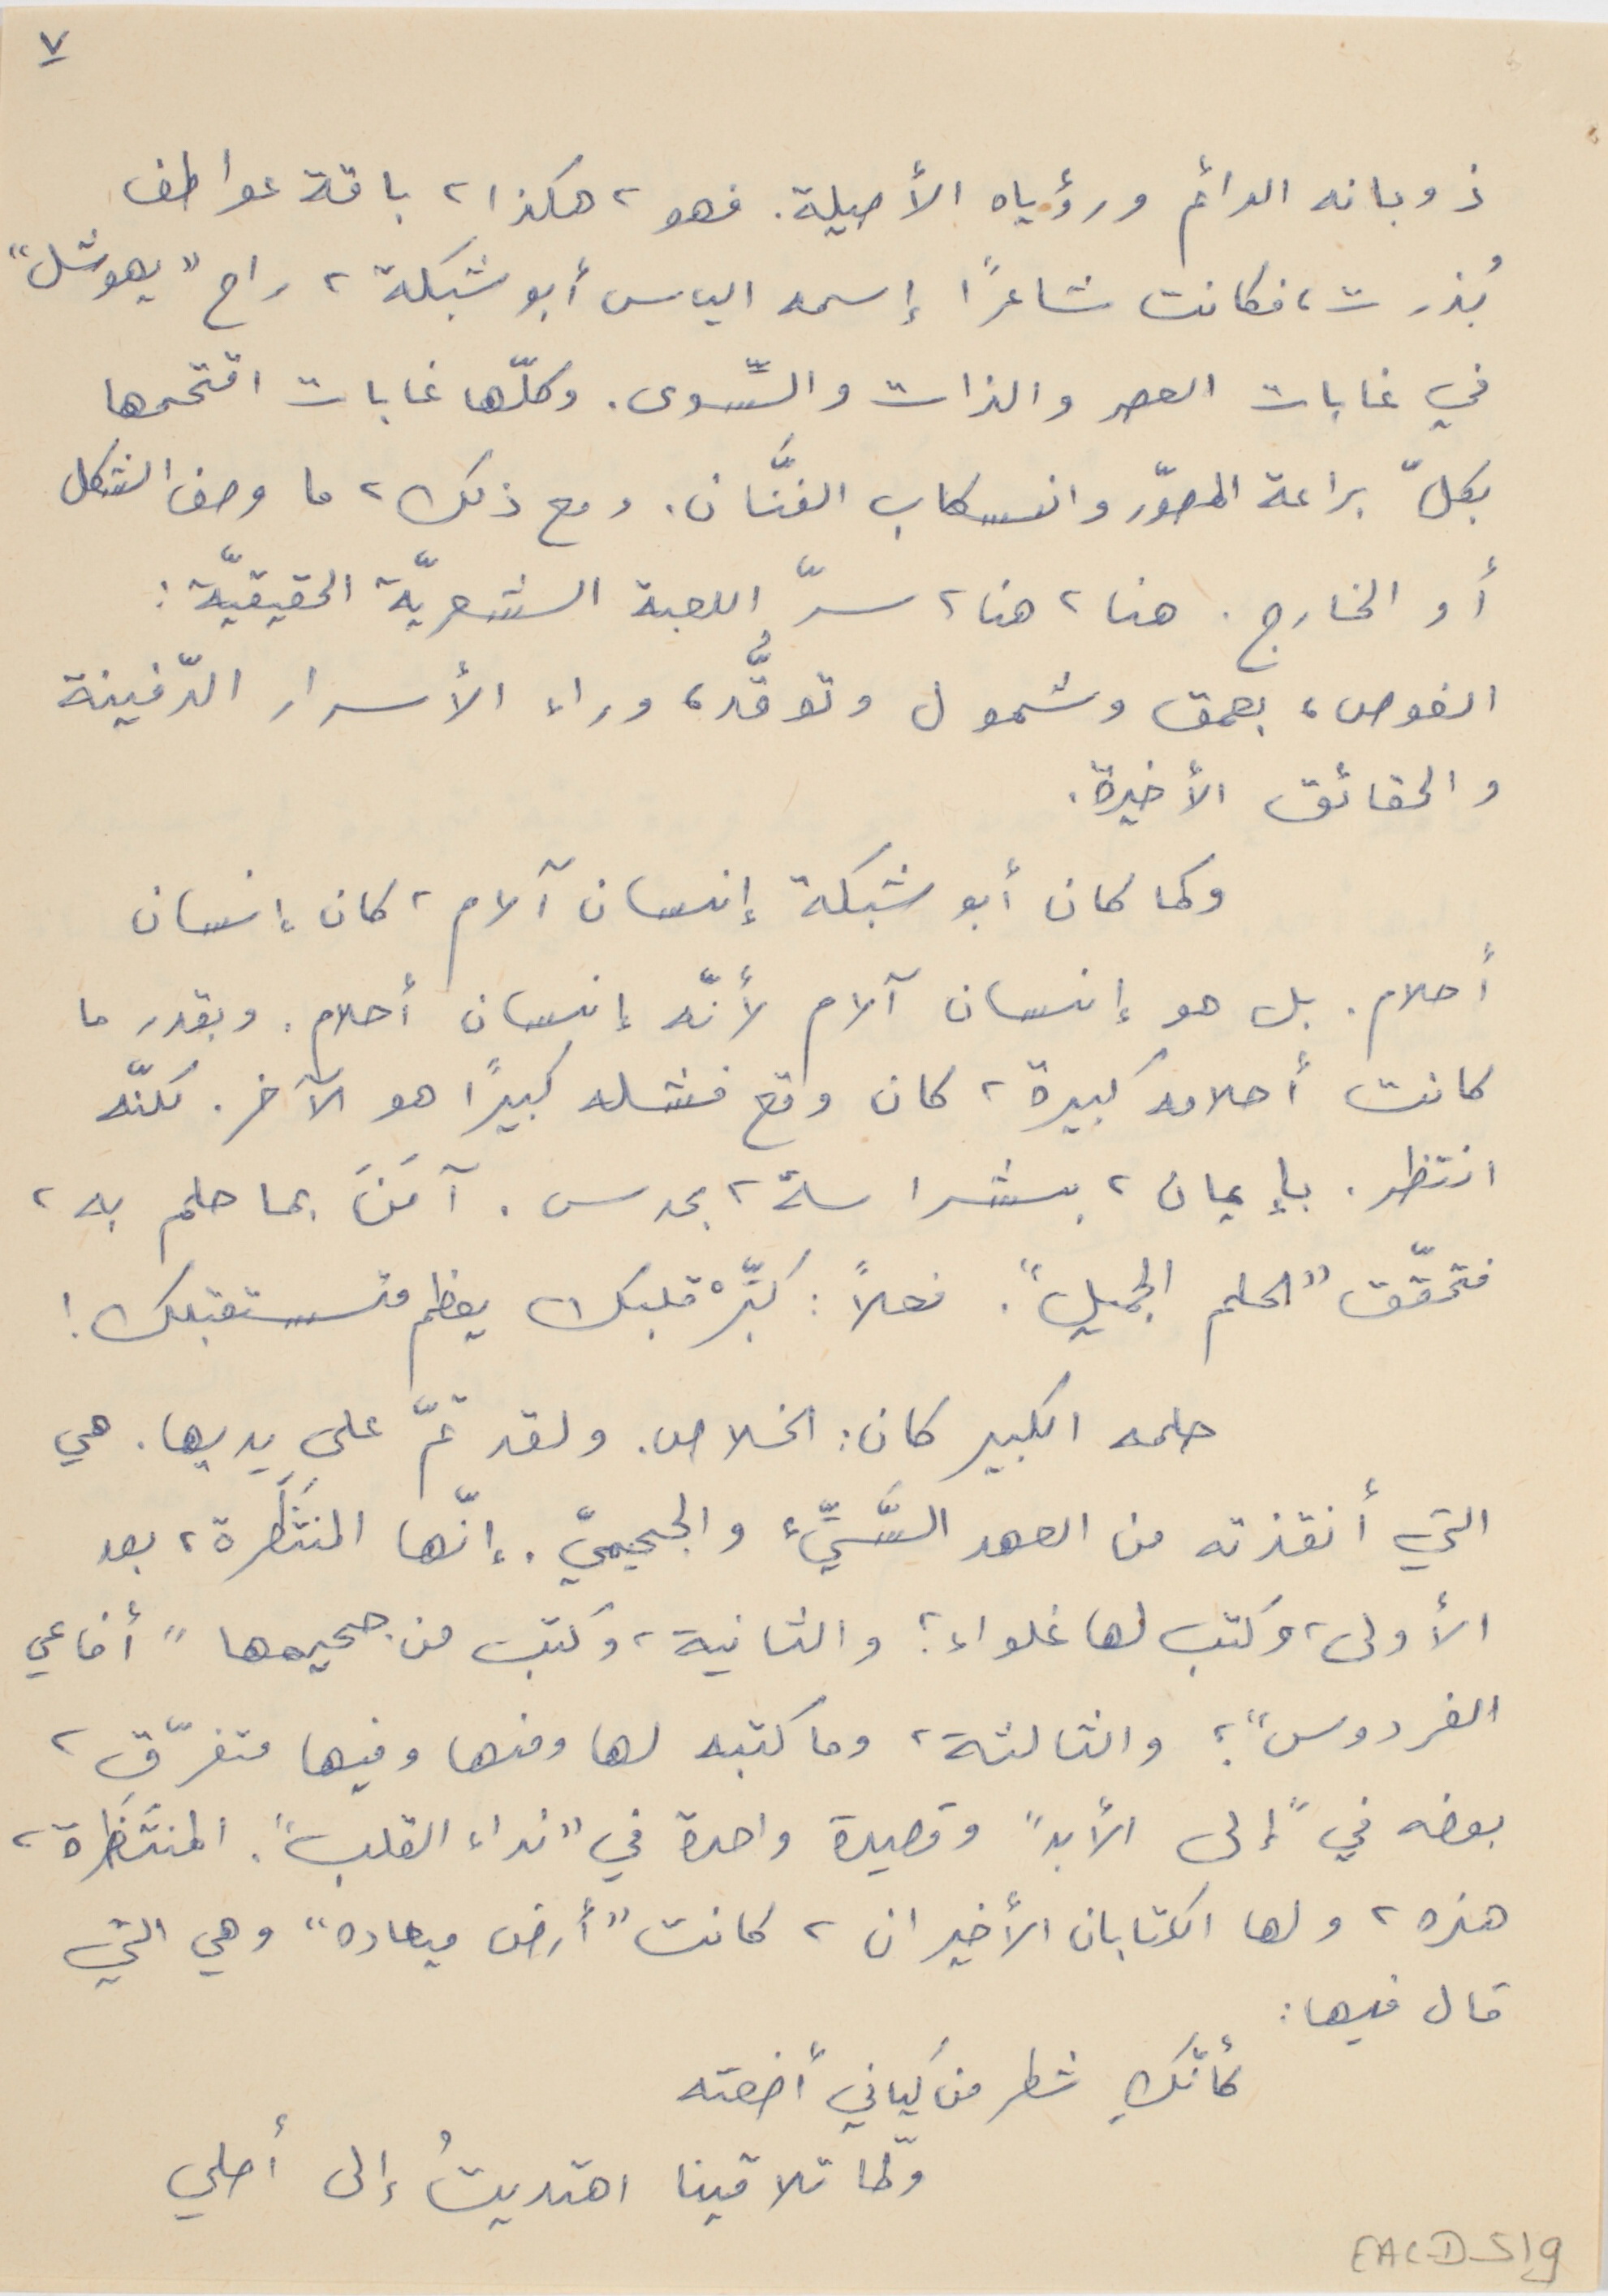
٧
ذوبانه الدائم ورؤياه الأصيلة. فهو، هكذا، باقة عواطف
بُذرت، فكانت شاعراً إسمه الياس أبو شبكة، راح "يهوشل"
في غابات العصر والذات والسِّوى. وكلّها غابات اقتحمها
بكلّ براعة المصوّر وانسكاب الفنَّان. ومع ذلك، ما وصف الشكل
أو الخارج. هنا، هنا، سرّ اللعبة الشعريّة الحقيقيّة :
الغوص، بعمق وشمول وتوقُّد، وراء الأسرار الدّفينة
والحقائق الأخيرة.
 وكما كان أبو شبكة إنسان آلام،" كان إنسان
أحلام. بل هو إنسان آلام لأنّه إنسان أحلام. وبقدر ما
كانت أحلامه كبيرة، كان وقع فشله كبيراً هو الآخر. لكنّه
انتظر. بإيمان، بشراسة، بحدس. آمَنَ بما حلم به،
فتحقّق "الحلم الجميل". فعلاً : كبِّرْ قلبك يعظم مُستقبلك !
حلمه الكبير كان : الخلاص. ولقد تمّ على يديها. هي
التي أنقذته من العهد السَّيِّء، والجحيميِّ. إنّها المنتَظَرة، بعد
الأولى، وكتب لها غلواء ؛ والثانية، وكتب من جحيمها" أفاعي
الفردوس" ؛ والثالثة، وما كتبه لها ومنها وفيها متفرّق،
بعضه في "إلى الأبدً وقصيدة واحدة في "نداء القلب". المنتَظَرة،
هذه، ولها الكتابان الأخيران، كانت "أرض ميعاده" وهي التي
كأنكِ شطر فن كياني أضعته
ولمّا تلاقينا اهتديتُ إلى أصلي
قال فيها :
EAC-D-51g